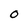
Character: O